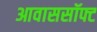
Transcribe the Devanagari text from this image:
आवाससॉफ्ट